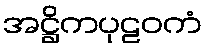
အဋ္ဌိကပုဠဝကံ